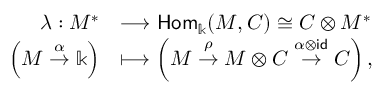
\begin{array} { r l } { \lambda : M ^ { * } } & { \longrightarrow \mathsf { H o m } _ { \Bbbk } ( M , C ) \cong C \otimes M ^ { * } } \\ { \left( M \stackrel { \alpha } \rightarrow \Bbbk \right) } & { \longmapsto \left( M \stackrel { \rho } \rightarrow M \otimes C \stackrel { \alpha \otimes \mathsf { i d } } \rightarrow C \right) , } \end{array}